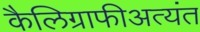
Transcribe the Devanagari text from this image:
कैलिग्राफीअत्यंत